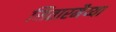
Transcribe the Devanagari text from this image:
सितारमैय्या